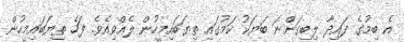
އެ ބިމުގެ ފައިދާ ލިބިގަންނަ ބަޔަކު ކަމުގައި ތިޔަބައިމީހުން ލެއްވިއެވެ. ފަހެ ތިޔަބައިމީހުން